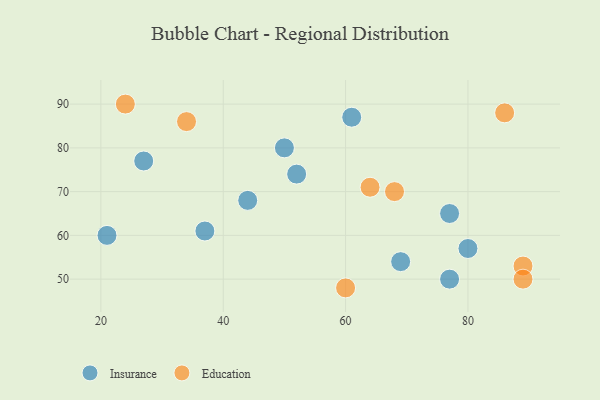
{"axis": {"x": "GDP", "y": "Life Expectancy"}, "legend": ["Education", "Insurance"], "data": [{"x": "80", "y": 57, "type": "Insurance"}, {"x": "61", "y": 87, "type": "Insurance"}, {"x": "21", "y": 60, "type": "Insurance"}, {"x": "69", "y": 54, "type": "Insurance"}, {"x": "37", "y": 61, "type": "Insurance"}, {"x": "27", "y": 77, "type": "Insurance"}, {"x": "50", "y": 80, "type": "Insurance"}, {"x": "52", "y": 74, "type": "Insurance"}, {"x": "77", "y": 65, "type": "Insurance"}, {"x": "44", "y": 68, "type": "Insurance"}, {"x": "77", "y": 50, "type": "Insurance"}, {"x": "24", "y": 90, "type": "Education"}, {"x": "89", "y": 53, "type": "Education"}, {"x": "60", "y": 48, "type": "Education"}, {"x": "68", "y": 70, "type": "Education"}, {"x": "86", "y": 88, "type": "Education"}, {"x": "89", "y": 50, "type": "Education"}, {"x": "64", "y": 71, "type": "Education"}, {"x": "34", "y": 86, "type": "Education"}]}